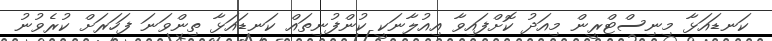
ކަނޑައަޅާ މިނިސްޓްރީން މިއަދު ކޮށްފައިވާ އިއުލާނަކީ ކުންފުނިތައް ކަނޑައަޅާ ތިންވަނަ ފަހަރަށް ކުރެވުނު